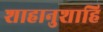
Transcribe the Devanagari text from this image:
शाहानुशाहि